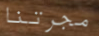
مجرتنا